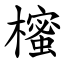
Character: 櫁